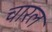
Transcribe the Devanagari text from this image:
चारल